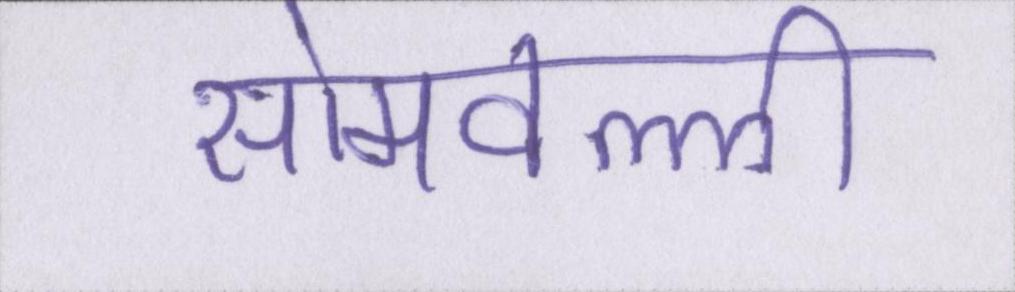
सोमवल्ली